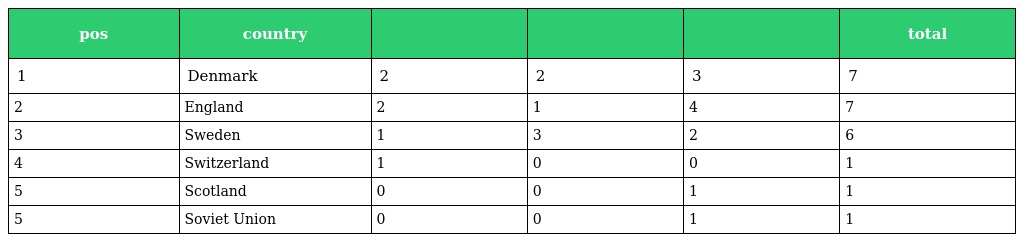
| pos | country |  |  |  | total |
 | --- | --- | --- | --- | --- | --- |
 | 1 | Denmark | 2 | 2 | 3 | 7 |
 | 2 | England | 2 | 1 | 4 | 7 |
 | 3 | Sweden | 1 | 3 | 2 | 6 |
 | 4 | Switzerland | 1 | 0 | 0 | 1 |
 | 5 | Scotland | 0 | 0 | 1 | 1 |
 | 5 | Soviet Union | 0 | 0 | 1 | 1 |